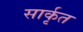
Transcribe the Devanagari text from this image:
सार्कृत